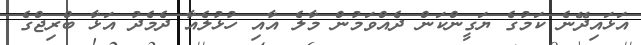
އަޅައިދޭނެ ކަމުގެ ޔަގީންކަން ދެއްވަމުން މާލެ އާއި ހުޅުލެއާ ދެމެދު އަޅާ ބްރިޖްގެ